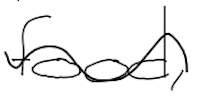
Text: food,
Cross-out: wave
Writing tool: digital_black